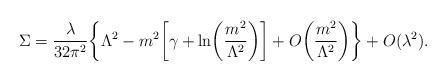
LaTeX: \begin{align*}\Sigma=\frac{\lambda}{32\pi^2}\biggl\{\Lambda^2-m^2\biggl[\gamma+\ln\biggl(\frac{m^2}{\Lambda^2}\biggr)\biggr]+O\biggl(\frac{m^2}{\Lambda^2}\biggr)\biggr\}+O(\lambda^2).\end{align*}